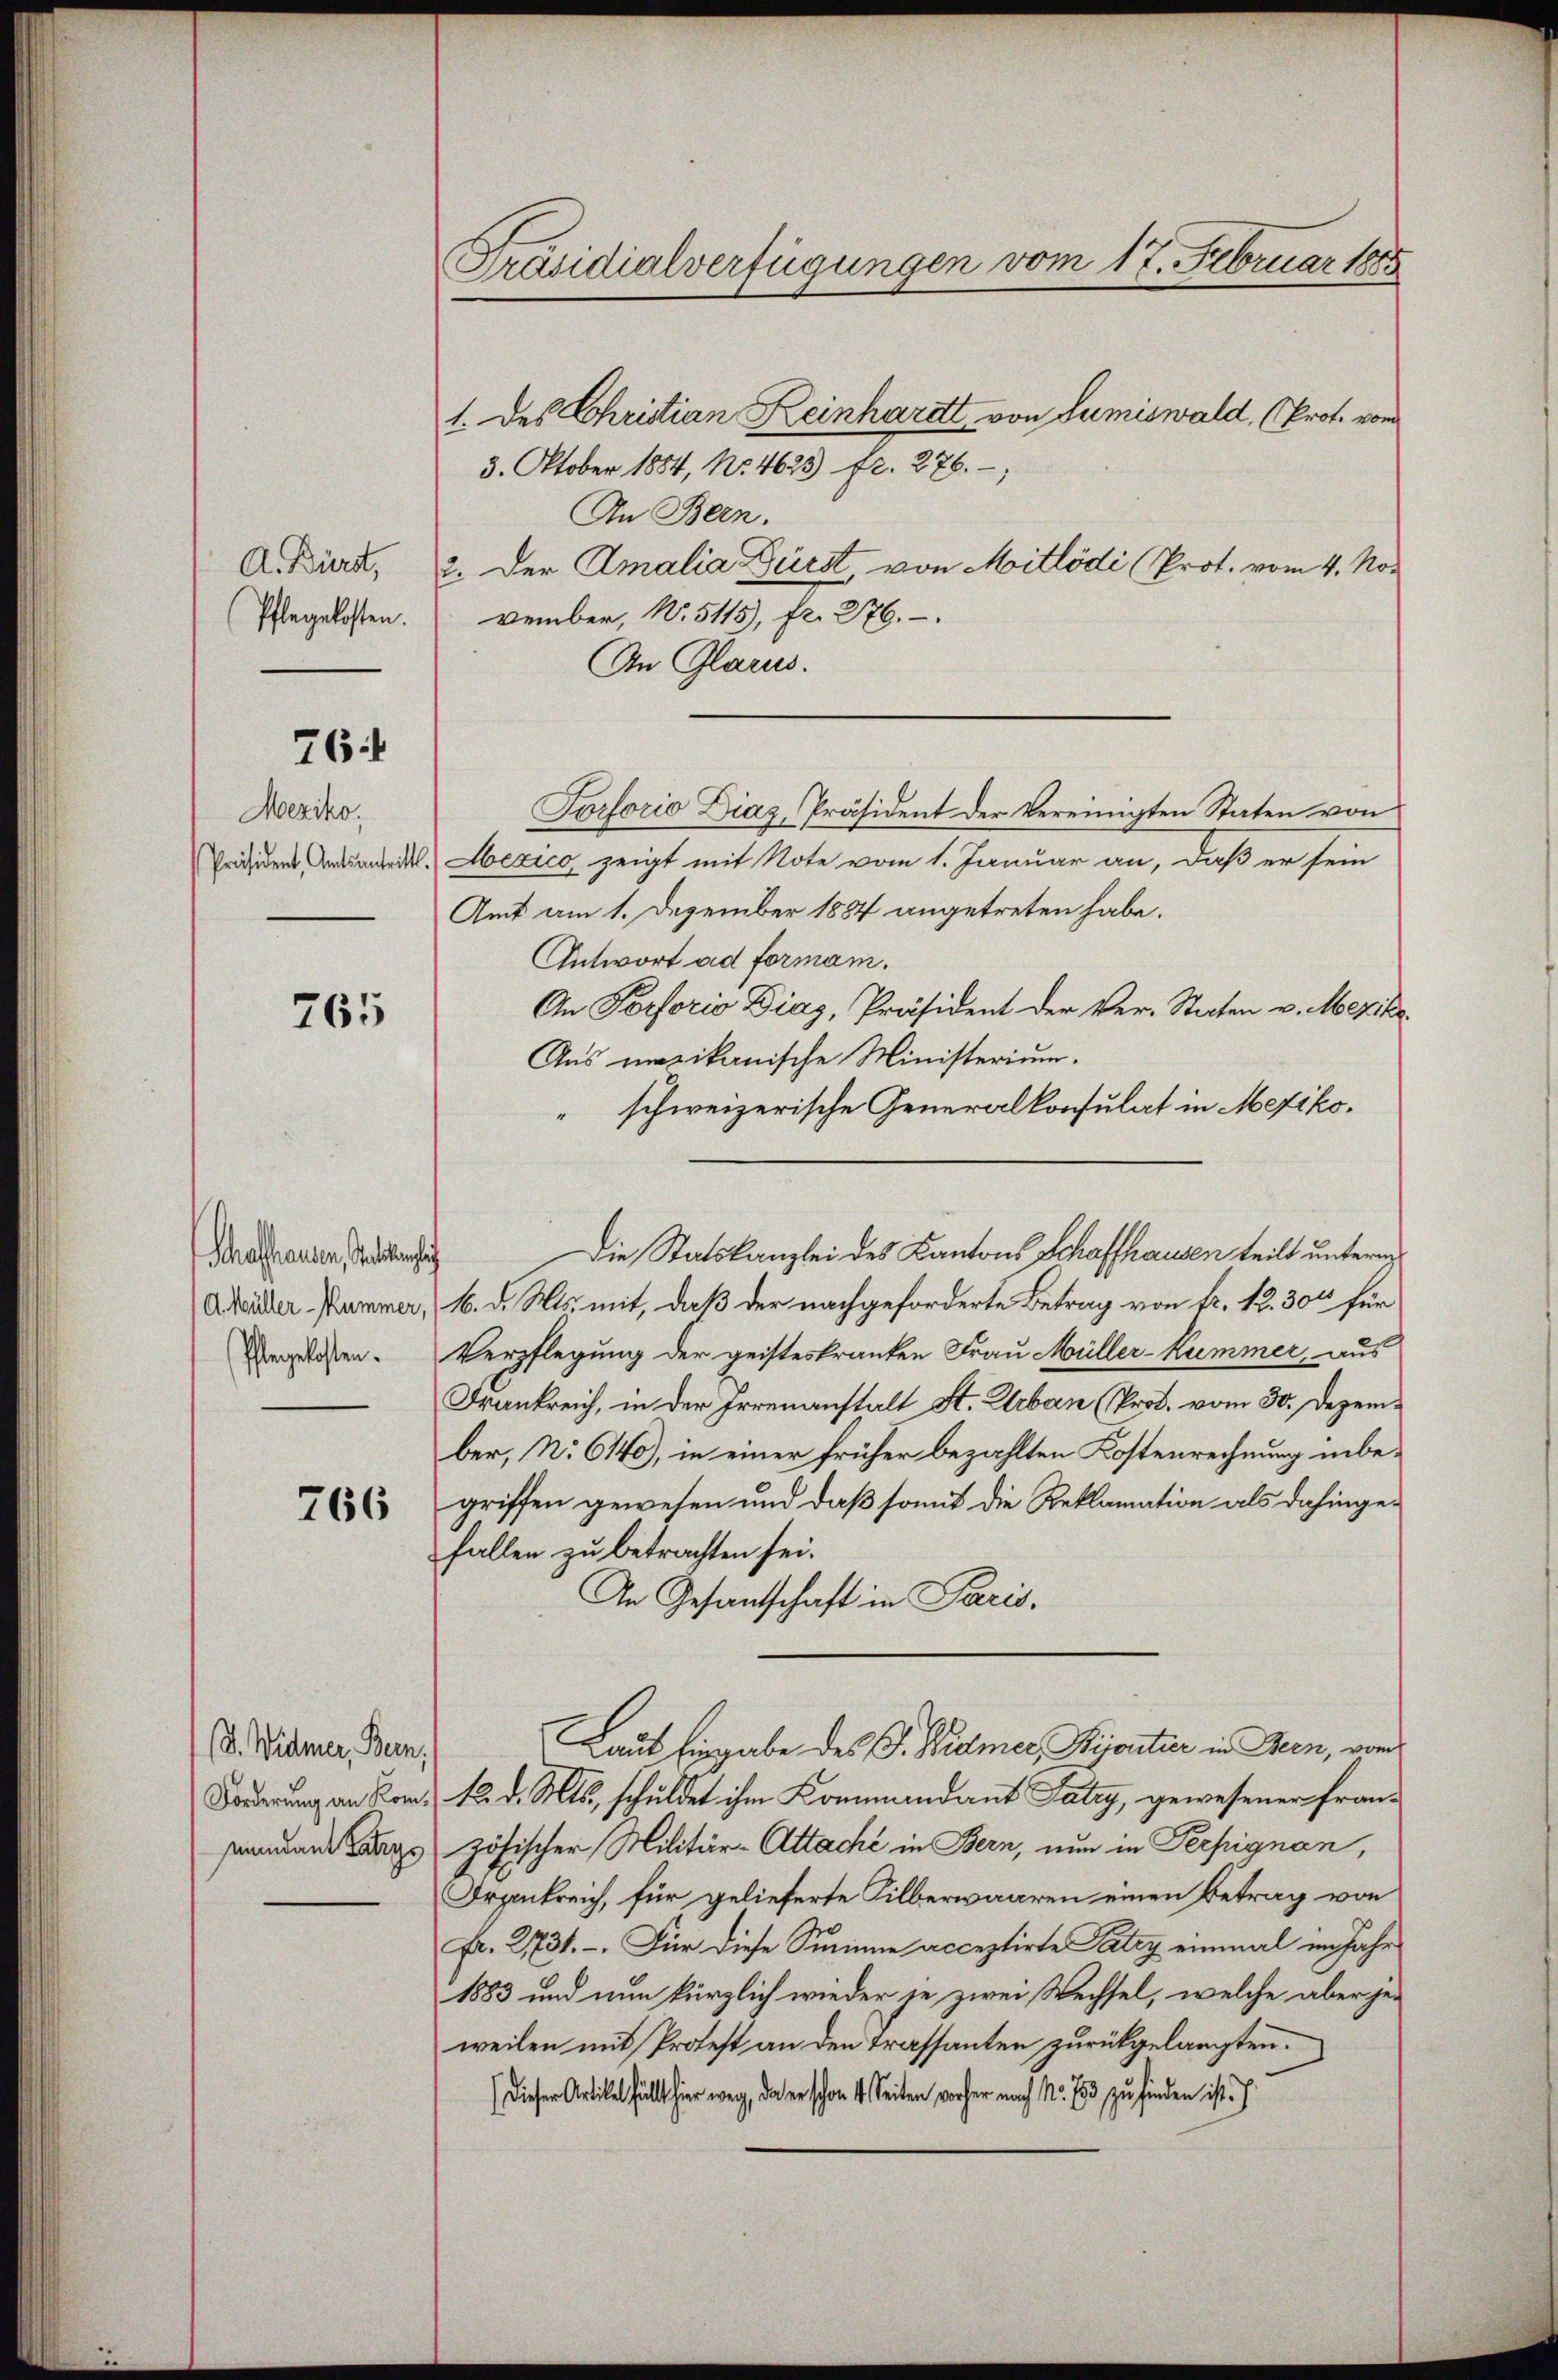
A. Bürst,
Pflegelosten.

761

Meziko

765

Schaffhausen, Stattenhaf
(d Müller-Kummer,
Pflegekosten.

766

(d. Widmer, Bern
Forderung an Komsament Langs

Präsidialverfügungen vom 17. Februar 1885

3. Oktober 1854, No. 4623 fr. 276.
An Bern.
2. Der Amalia Dürst, von Mitlödi (Prot. vom 4. November, No. 5115), fr. 276.
An Glarus.
Torsorio Dias, Präsident der Vereinigten Staten von
Präsiden Amtsantritt. Abexico zeigt mit Note vom 1. Januar an, daß er sein
Amt am 1. Dezember 1884 angetreten habe.
Antwort ad formam.
An Portorio Dias, Präsident der Ver-Staaten v. Meziker
Aus maxikanische Ministerium.
schweizerische Generalkonsulat in Mexiko¬
66. d. Mts. mit, daß der nachgeforderte Betrag von fr. 12. 300 für
Verpflegung der geisteskranken Frau Müller-Kummer, aus
Frankreich, in der Irrenanstalt St. Urban (Prot. vom 30. Dezember, N. 6140), in einer früher bezahlten Kostenrechnung inbegriffen gewesen und daß somit die Reklamation als dahingefallen zu betrachten sei.
An Gesandtschaft in Paris.
Laut Eingabe des G. Bidmer, Bijoutier in Bern, vom
12. d. Mts., schuldet ihm Kommandant Satzy, gewesener Französischer Militär-Attaché in Bern, nun in Perpignan,
Drankreich, für gelieferte Silberwaaren einen Betrag von
Fr. 2731. - Für diese Summe acceptirte Patey einmal im Jahr
1883 und nun kürzlich wieder je zwei Wechsel, welche aber jeweilen mit Protest an den Trassanten zurückgelangten.
Dieser Artikel füllt hier weg, da er schon 4. Seiten vorher nach N. 253 zu finden ist.

1. des Christian Keinhardt von Lumiswald, (Prof. von

Die Statskanzlei des Kantons Schaffhausen teilt unterm